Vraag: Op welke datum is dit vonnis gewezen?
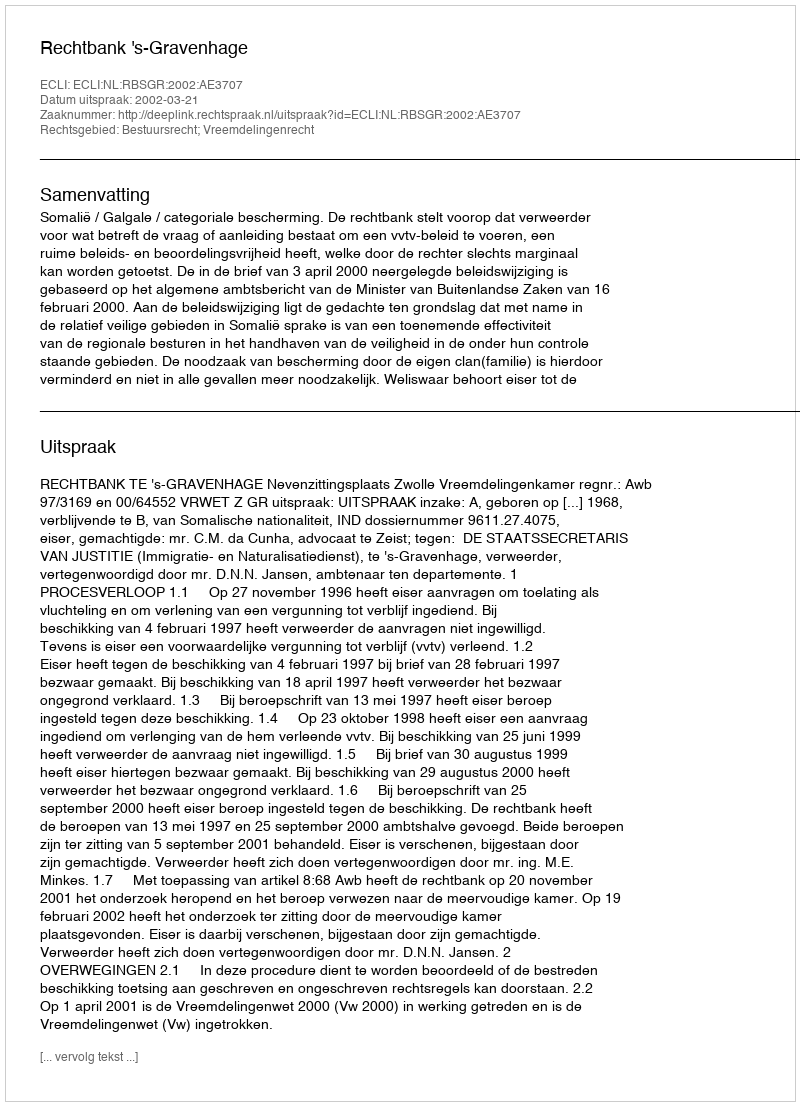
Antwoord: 2002-03-21